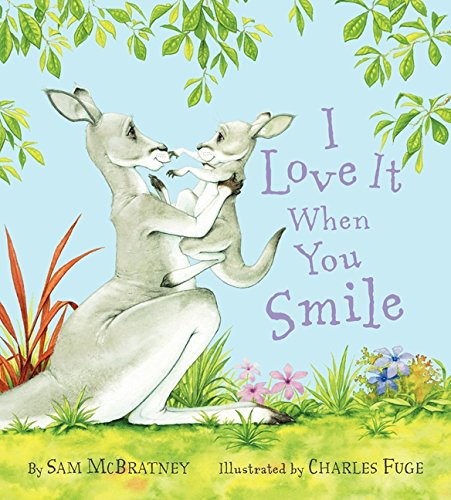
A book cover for I Love It When You Smile; Sam McBratney; Children's Books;